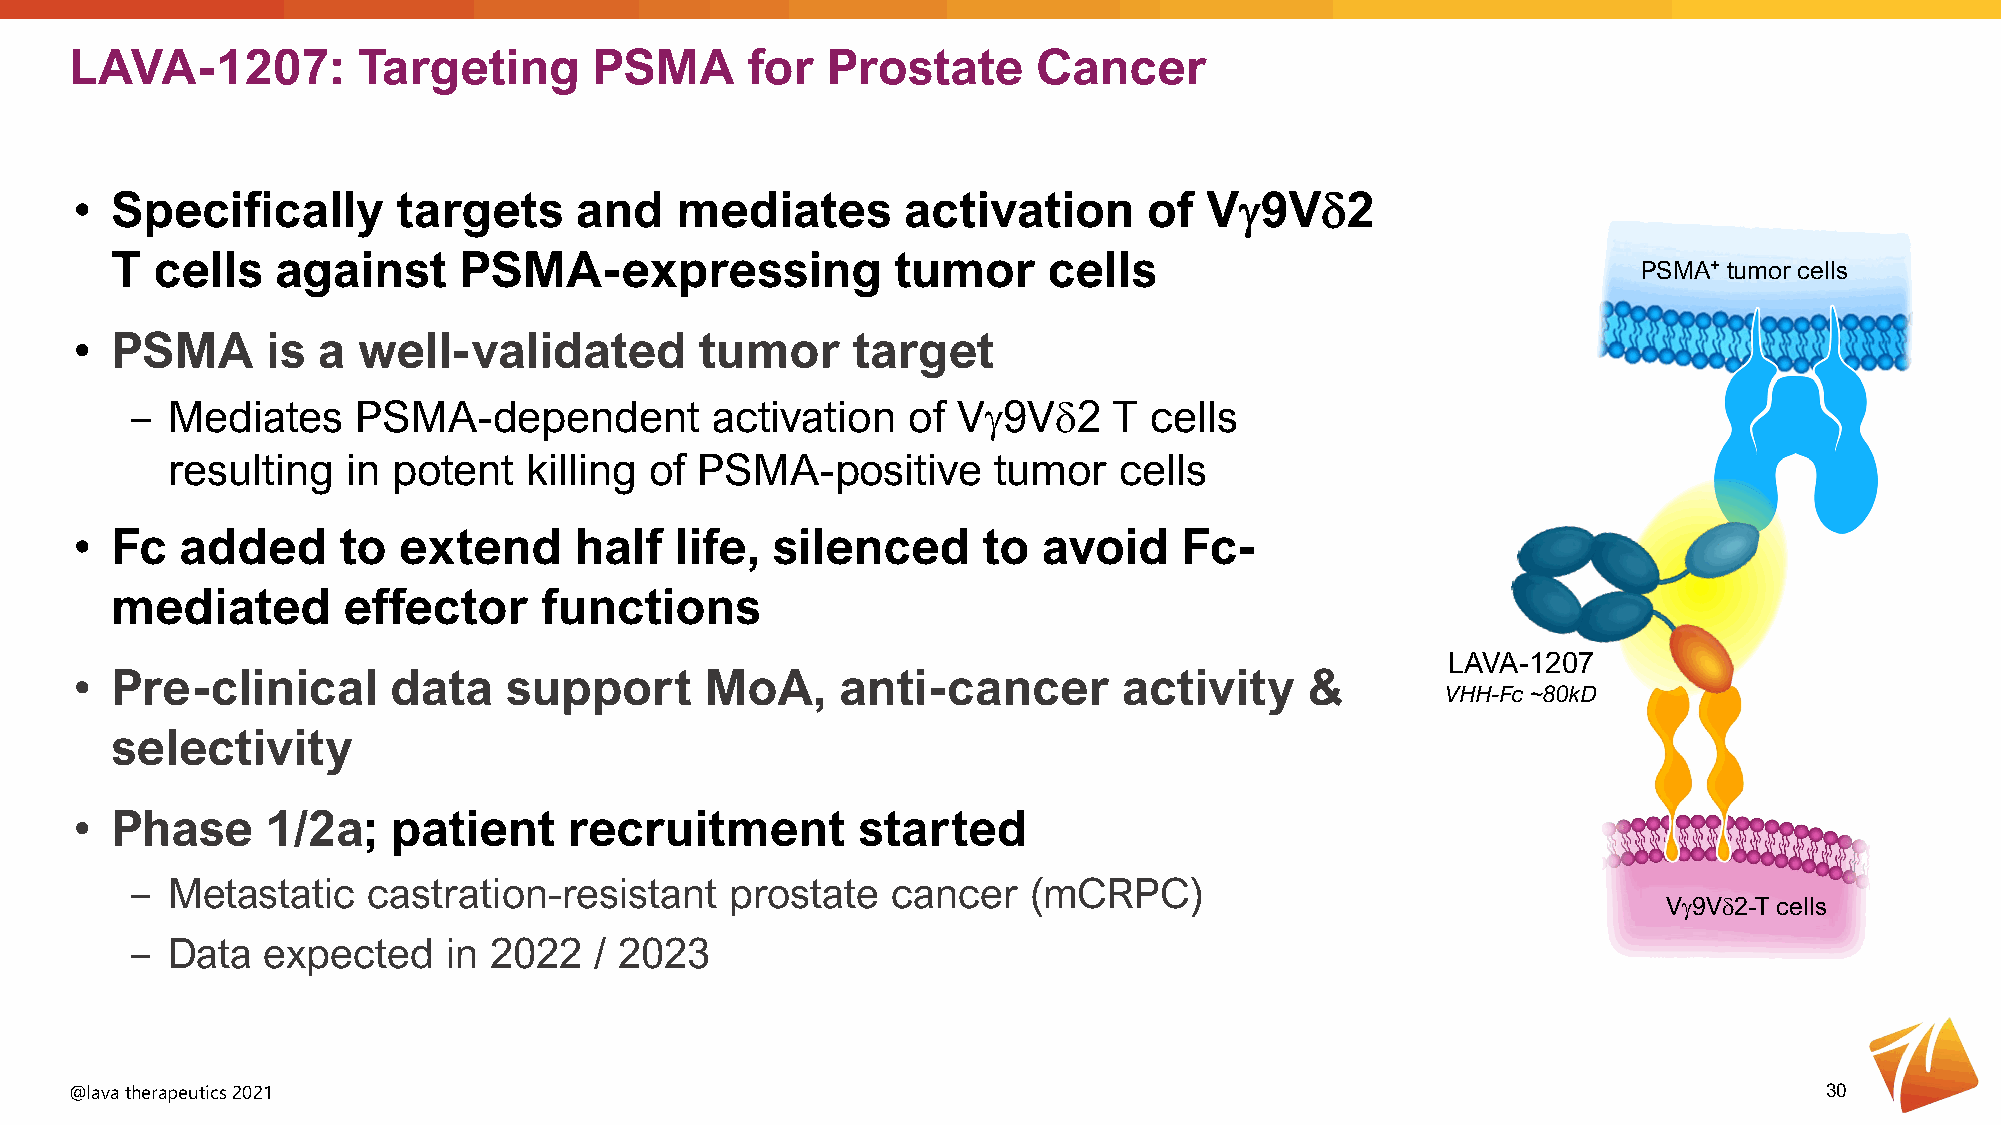
LAVA-1207:         Targeting      PSMA      for   Prostate      Cancer
 • Specifically       targets     and    mediates       activation      of  Vγ9Vδ2
 T  cells   against     PSMA-expressing              tumor     cells
 PSMA+ tumor cells
 • PSMA       is a  well-validated        tumor     target
 ‒ Mediates     PSMA-dependent         activation   of Vγ9Vδ2     T cells
 resulting   in potent   killing of PSMA-positive       tumor   cells
 • Fc   added     to  extend      half   life, silenced      to  avoid    Fc-
 mediated        effector     functions
 LAVA-1207
 • Pre-clinical       data   support       MoA,     anti-cancer       activity     &
 VHH-Fc ~80kD
 selectivity
 • Phase      1/2a;   patient     recruitment        started
 ‒ Metastatic   castration-resistant    prostate   cancer   (mCRPC)
 Vγ9Vδ2-T cells
 ‒ Data  expected     in 2022  / 2023
 @lava therapeutics 2021                                                                                             30